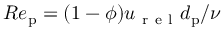
R e _ { \mathrm { p } } = ( 1 - \phi ) u _ { \mathrm { ~ r ~ e ~ l ~ } } d _ { \mathrm { p } } / \nu